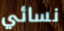
نسائي